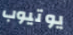
يوتيوب